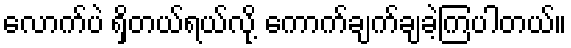
လောက်ပဲ ရှိတယ်ရယ်လို့ ကောက်ချက်ချခဲ့ကြပါတယ်။